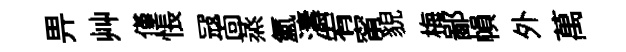
畀艸僅悵冦靣蒸氳濤宥甯貌梅鄙𢄙外萬